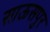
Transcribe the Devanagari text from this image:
साऊसपुर